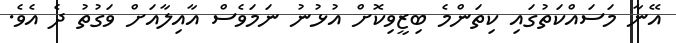
އޭނާ މަސައްކަތުގައި ކިތަންމެ ބިޒީވިކޮށް އުޅުނު ނަމަވެސް އާއިލާއަށް ވަގުތު ދެ އެވެ.